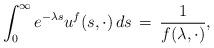
LaTeX: \begin{align*}\int_0^\infty e^{-\lambda s} u^f(s, \cdot) \, ds \, = \, \frac{1}{f(\lambda, \cdot)},\end{align*}